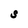
Character: S